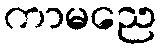
ကာမညေ